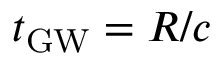
t _ { \mathrm { G W } } = R / c